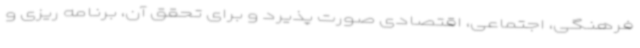
فرهنگی، اجتماعی، اقتصادی صورت پذیرد و برای تحقق آن، برنامه ریزی و